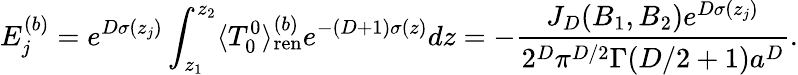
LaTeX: E_{j}^{(b)}=e^{D\sigma(z_{j})}\int_{z_{1}}^{z_{2}}\langle T_{0}^{0}\rangle_{{\mathrm{ren}}}^{(b)}e^{-(D+1)\sigma(z)}dz=-\frac{J_{D}(B_{1},B_{2})e^{D\sigma(z_{j})}}{2^{D}\pi^{D/2}\Gamma(D/2+1)a^{D}}.